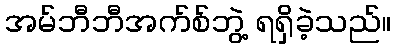
အမ်ဘီဘီအက်စ်ဘွဲ့ ရရှိခဲ့သည်။